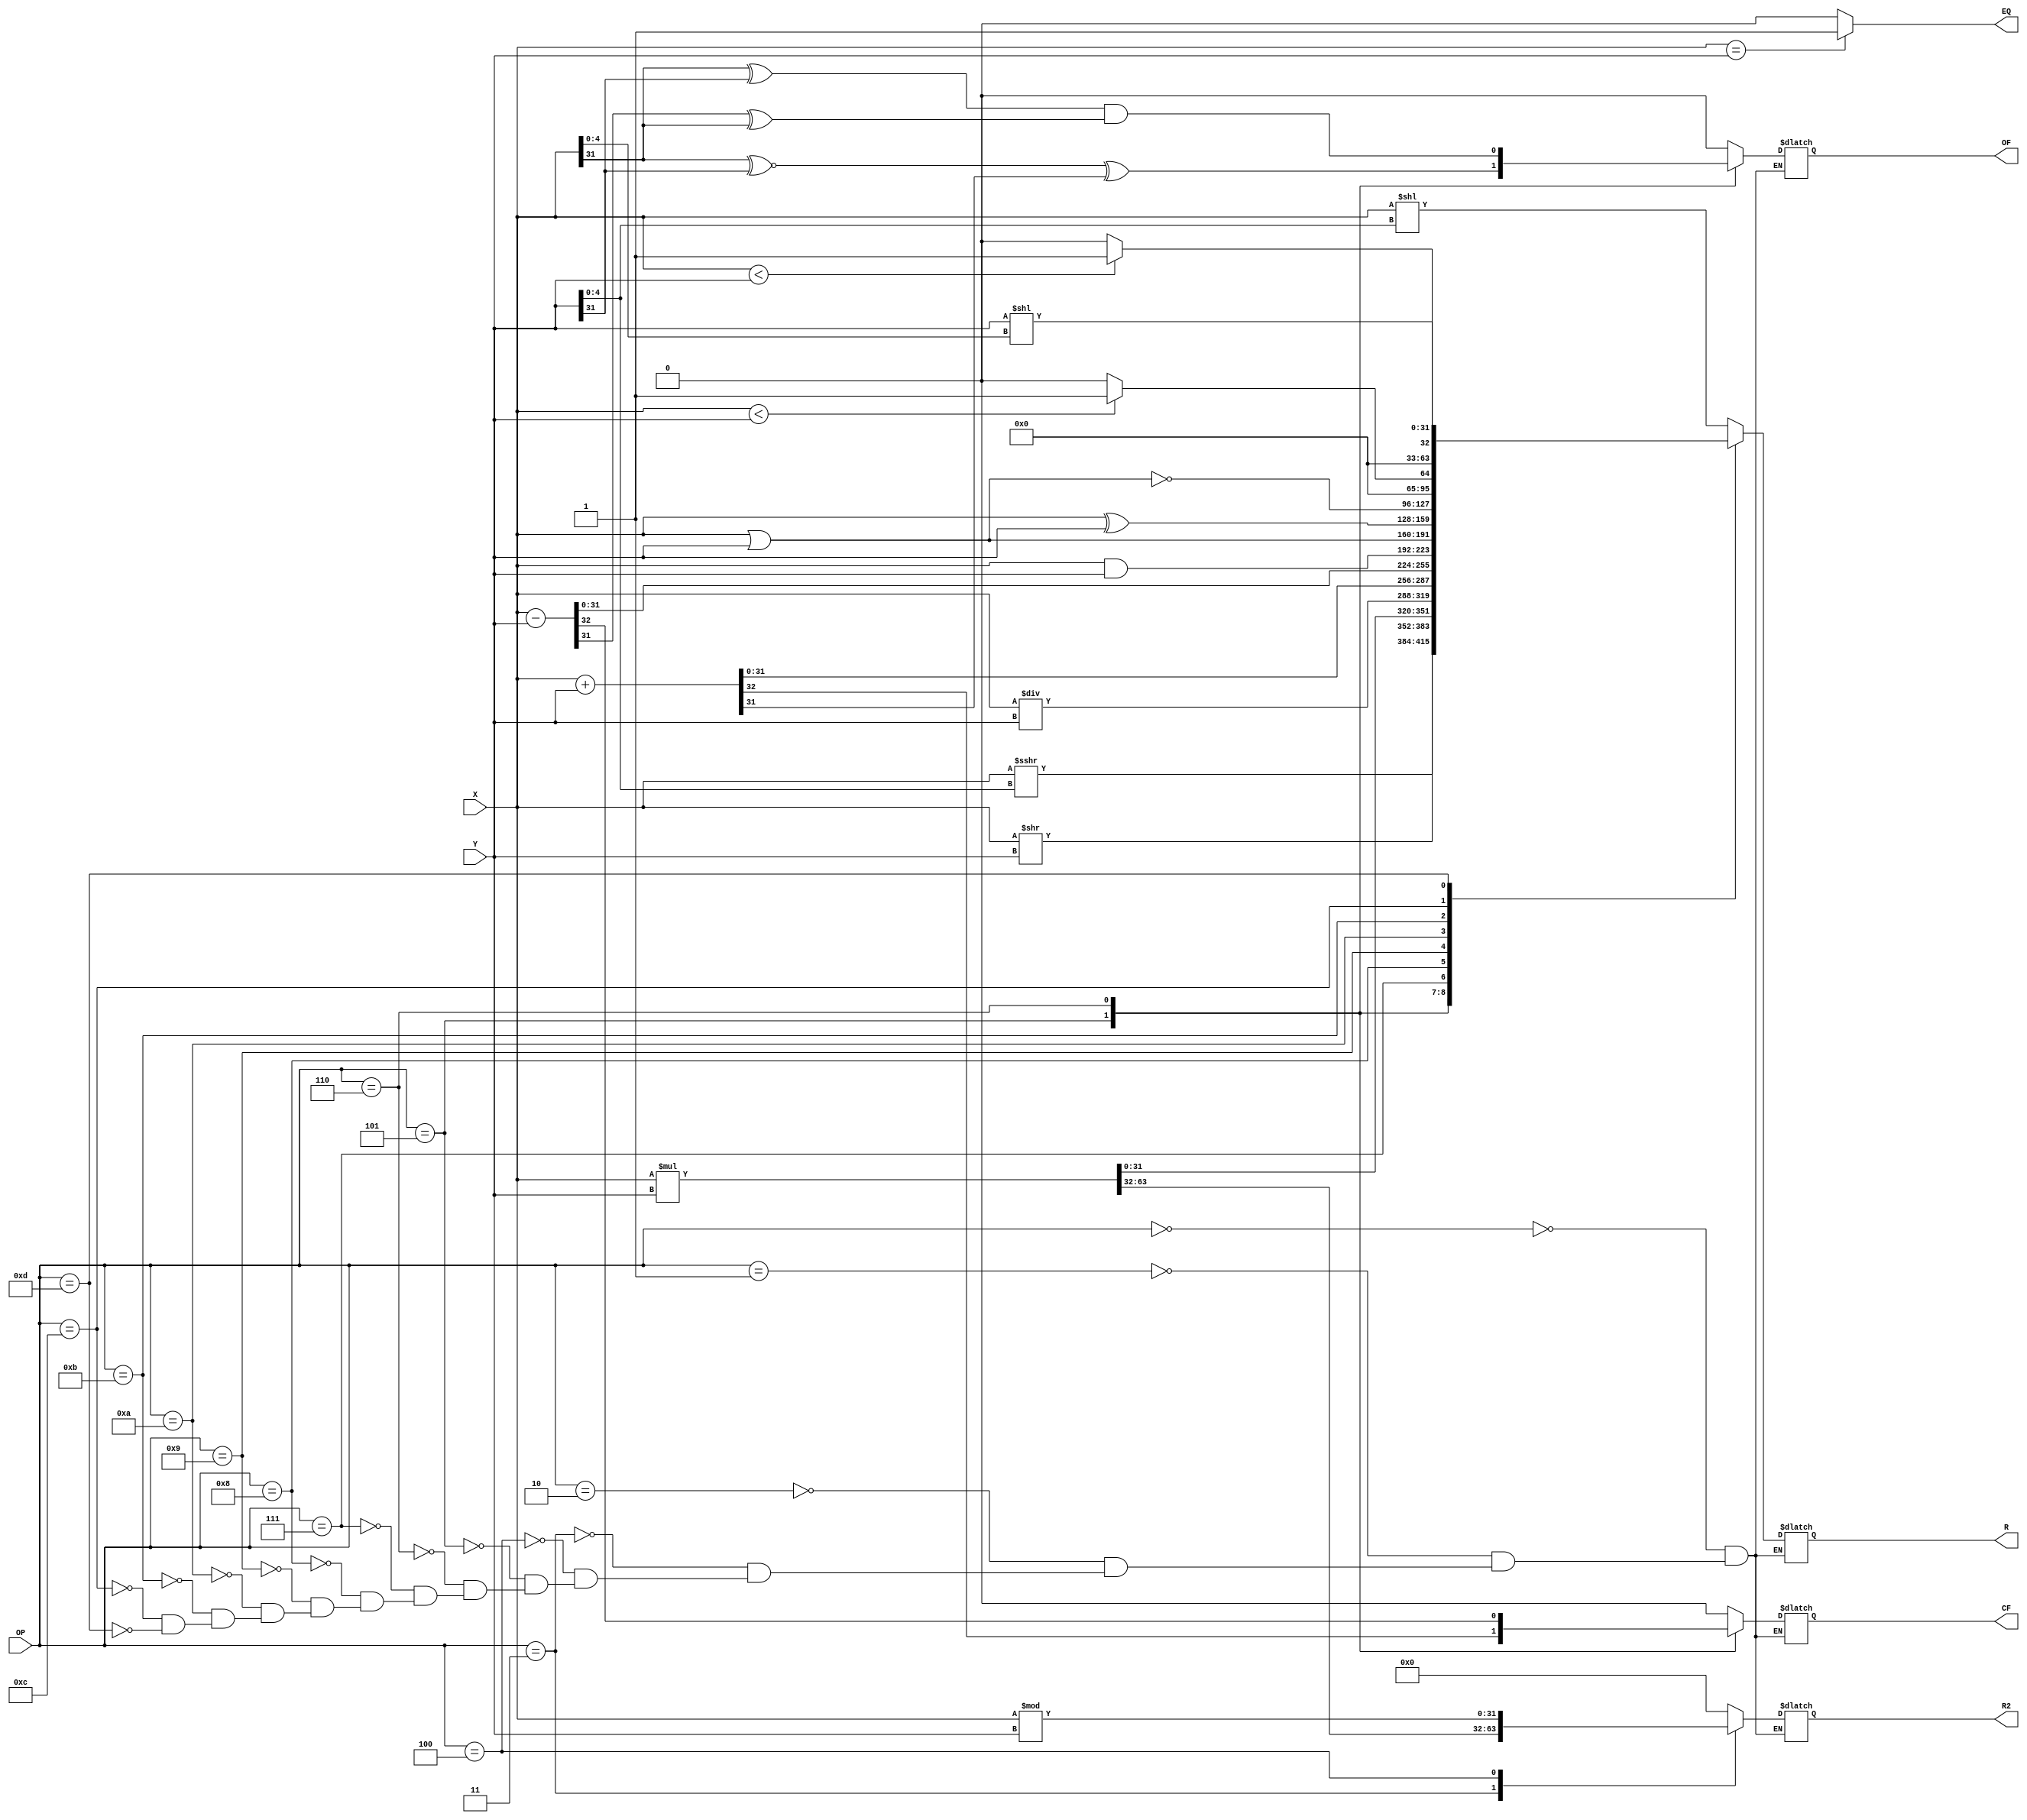
`timescale 1ns / 1ps
//////////////////////////////////////////////////////////////////////////////////
// Company: 
// Engineer: 
// 
// Design Name: 
// Module Name: ALU
// Project Name: 
// Target Devices: 
// Tool Versions: 
// Description: 
// 
// Dependencies: 

// Revision:
// Revision 0.01 - File Created
// Additional Comments:
// 
//////////////////////////////////////////////////////////////////////////////////
module ALU(X,Y,OP,OF,CF,EQ,R,R2);//
    input [31:0]X;
    input [31:0]Y;
    input [3:0]OP;
    output reg OF;
    output reg CF;
    output reg EQ;
    output reg [31:0]R;
    output reg [31:0]R2;
    reg [63:0]temp;
    reg [32:0]overflow;
    always @(*)
    begin
        EQ<=(X==Y)?1:0;
        case(OP)
            4'b0000:begin
                R<=X<<Y[4:0];
                R2<=0;
                CF<=0;
                OF<=0;
            end
            4'b0001:begin
                R<=($signed(X))>>>Y[4:0];
                R2<=0;
                CF<=0;
                OF<=0;
            end
            4'b0010:begin
                R<=X>>Y;
                R2<=0;
                CF<=0;
                OF<=0;
            end
            4'b0011:begin
                temp=$signed(X)*$signed(Y);
                R<=temp[31:0];
                R2<=temp[63:32];
                CF<=0;
                OF<=0;
            end
            4'b0100:begin
                R<=X/Y;
                R2<=X%Y;
                CF<=0;
                OF<=0;
            end
            4'b0101:begin
                overflow=X+Y;
                R<=overflow[31:0];
                CF<=overflow[32];
                OF<=(X[31]^~Y[31])^overflow[31];
                R2<=0;
            end
            4'b0110:begin
                overflow=X-Y;
                R<=overflow[31:0];
                CF<=overflow[32];
                OF<=(X[31]^Y[31])&(overflow[31]^X[31]);
                R2<=0;
            end
            4'b0111:begin
                R<=X&Y;
                CF<=0;
                OF<=0;
                R2<=0;
            end
            4'b1000:begin
                R<=X|Y;
                CF<=0;
                OF<=0;
                R2<=0;
            end
            4'b1001:begin
                R<=X^Y;
                CF<=0;
                OF<=0;
                R2<=0;
            end
            4'b1010:begin
                R<=~(X|Y);
                CF<=0;
                OF<=0;
                R2<=0;
            end
            4'b1011:begin
                R<=($signed(X)<$signed(Y))?1:0;
                CF<=0;
                OF<=0;
                R2<=0;
            end
            4'b1100:begin
                R<=($unsigned(X)<$unsigned(Y))?1:0;
                CF<=0;
                OF<=0;
                R2<=0;
            end
            4'b1101:begin//sllv
                R<=Y<<X[4:0];
                CF<=0;
                OF<=0;
                R2<=0;
            end
        endcase
    end
endmodule